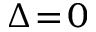
\Delta \! = \! 0